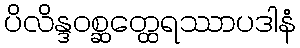
ပိလိန္ဒဝစ္ဆတ္ထေရဿာပဒါနံ